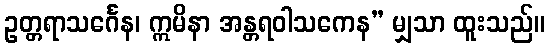
ဥတ္တရာသင်္ဂေန၊ ဣမိနာ အန္တရဝါသကေန” မျှသာ ထူးသည်။